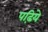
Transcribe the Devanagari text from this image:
पढ़िये